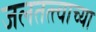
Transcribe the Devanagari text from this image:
जलतत्त्वाच्या